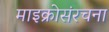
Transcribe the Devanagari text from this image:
माइक्रोसंरचना